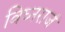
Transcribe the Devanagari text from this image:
विघ्नराजं